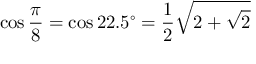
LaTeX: \cos { \frac { \pi } { 8 } } = \cos 2 2 . 5 ^ { \circ } = { \frac { 1 } { 2 } } { \sqrt { 2 + { \sqrt { 2 } } } }